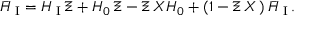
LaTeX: { \bar { H } } _ { \mathrm { \scriptsize ~ I } } = H _ { \mathrm { \scriptsize ~ I } } \, \Xi + H _ { 0 } \, { \Xi } - \Xi \, { \cal X } H _ { 0 } + \left( 1 - \Xi \, { \cal X } \, \right) { \bar { H } } _ { \mathrm { \scriptsize ~ I } } \, .